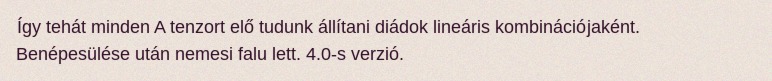
Így tehát minden A tenzort elő tudunk állítani diádok lineáris kombinációjaként. Benépesülése után nemesi falu lett. 4.0-s verzió.